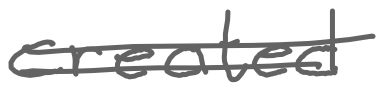
Text: created
Cross-out: double-line
Writing tool: digital_gray